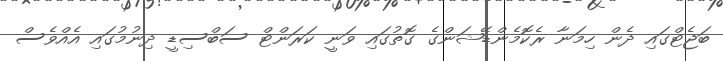
ބަޖެޓްގައި ދެން ހިމަނާ ރެކޮމެންޑޭޝަންގެ ގޮތުގައި ވަނީ ކަރަންޓް ސަބްސިޑީ ދިނުމުގައި އެއްވެސް